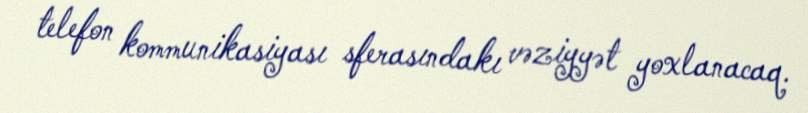
telefon kommunikasiyası sferasındakı vəziyyət yoxlanacaq.